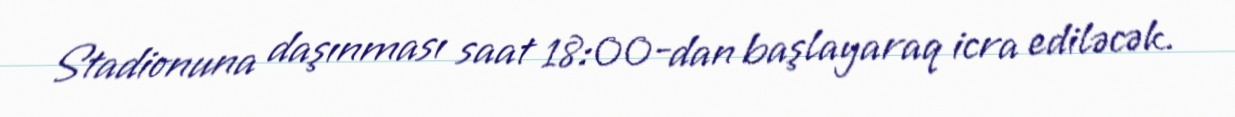
Stadionuna daşınması saat 18:00-dan başlayaraq icra ediləcək.